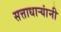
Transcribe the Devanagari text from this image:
सत्ताधार्‍यांनी